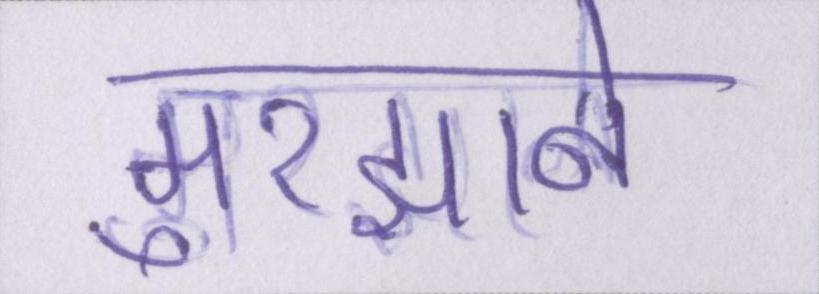
मुरझाने